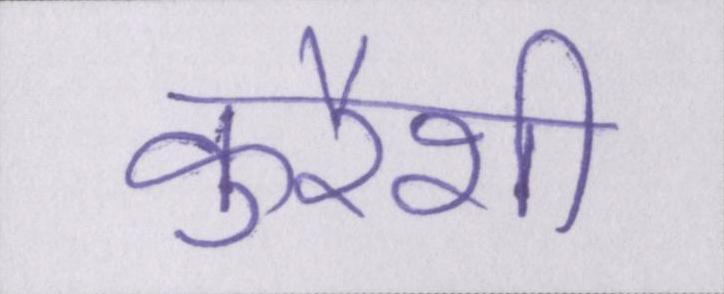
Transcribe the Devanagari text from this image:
कुरैशी